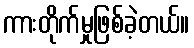
ကားတိုက်မှုဖြစ်ခဲ့တယ်။